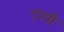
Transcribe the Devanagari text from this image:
टावी